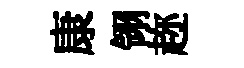
康翎趂